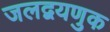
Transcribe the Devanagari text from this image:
जलद्वयणुक